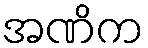
အဏိက